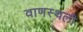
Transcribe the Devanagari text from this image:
वाणस्थली